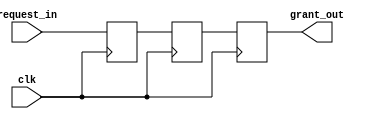
module BinaryTreeArbiter(
    input wire clk,
    input wire [7:0] request_in,
    output reg [7:0] grant_out
);

reg [7:0] request_sync;
reg [7:0] grant_reg;

always @(posedge clk) begin
    grant_reg <= request_sync;
    grant_out <= grant_reg;
end

always @(posedge clk) begin
    request_sync <= request_in;
end

endmodule